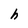
Character: h